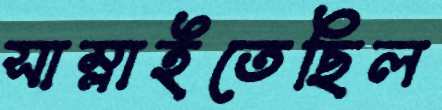
সাম্‌লাইতেছিল